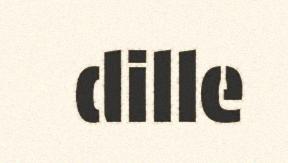
dille